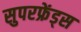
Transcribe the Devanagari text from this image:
सुपरफ्रेंड्स